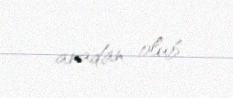
anadan olub.